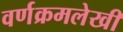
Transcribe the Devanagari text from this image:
वर्णक्रमलेखी